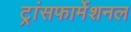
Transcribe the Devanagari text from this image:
ट्रांसफार्मेशनल